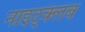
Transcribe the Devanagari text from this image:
नाइट्क्लब